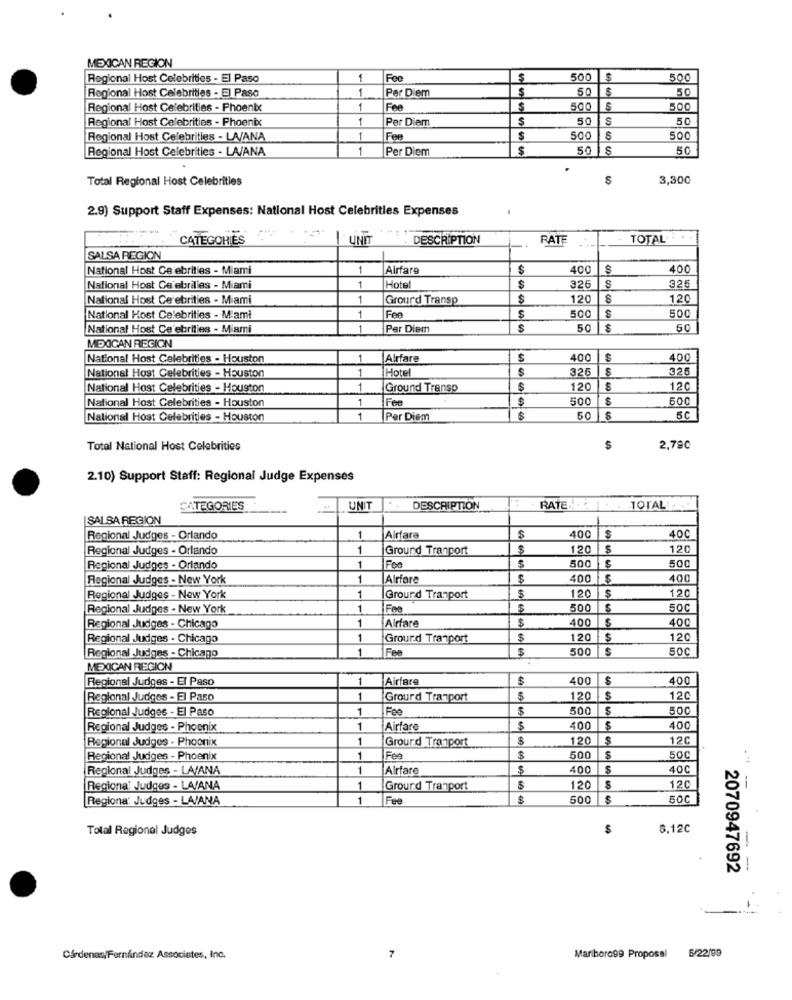
MEXICAN REGION
Regional Host Celebrities - El Paso
Fee
500
$
500
1
Per Diem
50
50
Regional Host Celebrities - El Paso
Regional Host Celebrities - Phoenix
Fee
$
500
500
Regional Host Celebrities - Phoenix
1
Per Diem
S
50
S
50
Regional Host Celebrities - LA/ANA
Fee
$
500
500
Regional Host Celebrities - LA/ANA
1
Per Diem
$
5
s
50
Total Regional Host Celebrities
3,300
2.9) Support Staff Expenses: National Host Celebrities Expenses
CATEGORIES
UNIT
DESCRIPTION
RATE
TOTAL ...
SALSA REGION
National Host Celebrities - Miami
1
Airfare
400
400
926
325
National Host Ge abrilies - Miami
1
Hotel
S
National Host Ce'ebrities - Miami
1
Grourd Transp
$
120
120
Fee
S
500
S
500
National Host Celebrities - Miami
1
National Host Ce'ebrities - Miami
1
Per Diem
S
50
50
MEXICAN REGION
National Host Celebrities - Houston
1
Airfare
400
400
1
Hotel
$
325
325
National Host Celebrities - Houston
National Host Celebrities - Houston
1
Ground Transo
$
120
120
National Host Celebrities - Houston
1
Fee
$
500
500
National Host Celebrities - Houston
1
Per Diem
$
50 8
5C
Total National Host Celebrities
$
2,79C
2.10) Support Staff: Regional Judge Expenses
CATEGORIES
UNIT
..
DESCRIPTION
. RATE .. . . TOTAL
SALSA REGION
100
400
Regional Judges - Orlando
1
Airfare
$
Regional Judges - Orlando
1
Ground Tranport
$
120
120
500
500
Regional Judges - Orlando
1
Foo
$
Regional Judges - New York
1
Alrfare
400
400
120
$
120
Regional Judges - New York
1
Ground Tranport
Regional Judges - New York
1
Fee
500
500
1
$
400
400
Regional Judges - Chicago
Airfare
Regional Judges - Chicago
1
Ground Tranport
120
120
1
Fee
500
500
Regional Judges - Chicago
MEXICAN REGION
Regional Judges - El Paso
1
Airfare
400
$
400
Regional Judges - El Paso
1
Grourd Tranport
$
120
$
120
Regional Judges - El Paso
1
Foo
500
500
Regional Judges - Phoenix
1
Airfare
$
400
400
Regional Judges . Phoenix
1
Ground Tranport
120
120
Regional Judges - Phoenix
1
Fee
$
500
50C
Regional Judges - LA/ANA
1
Alrfare
$
400
$
40C
...
Regiona: Judges - LA/ANA
1
Ground Tranport
120
S
120
Regiona' Judges - LA/ANA
1
Fee
500 |$
50C
Total Regional Judges
$
8.12℃
2070947692
1 -
6/22/99
Cárdenas/Fernández Associates, Inc.
7
Marlboro99 Proposal